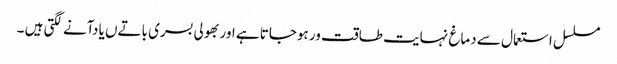
مسلسل استعمال سے دماغ نہایت طاقت ور ہوجاتا ہے اور بھولی بسری باتےں یا دآنے لگتی ہیں ۔